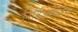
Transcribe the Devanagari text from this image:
निर्बिअश्करण